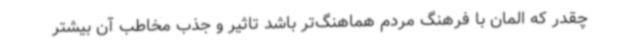
چقدر که المان با فرهنگ مردم هماهنگ‌تر باشد تاثیر و جذب مخاطب آن بیشتر